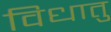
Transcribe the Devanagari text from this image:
विधातु